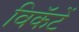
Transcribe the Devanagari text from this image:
विकॅटें